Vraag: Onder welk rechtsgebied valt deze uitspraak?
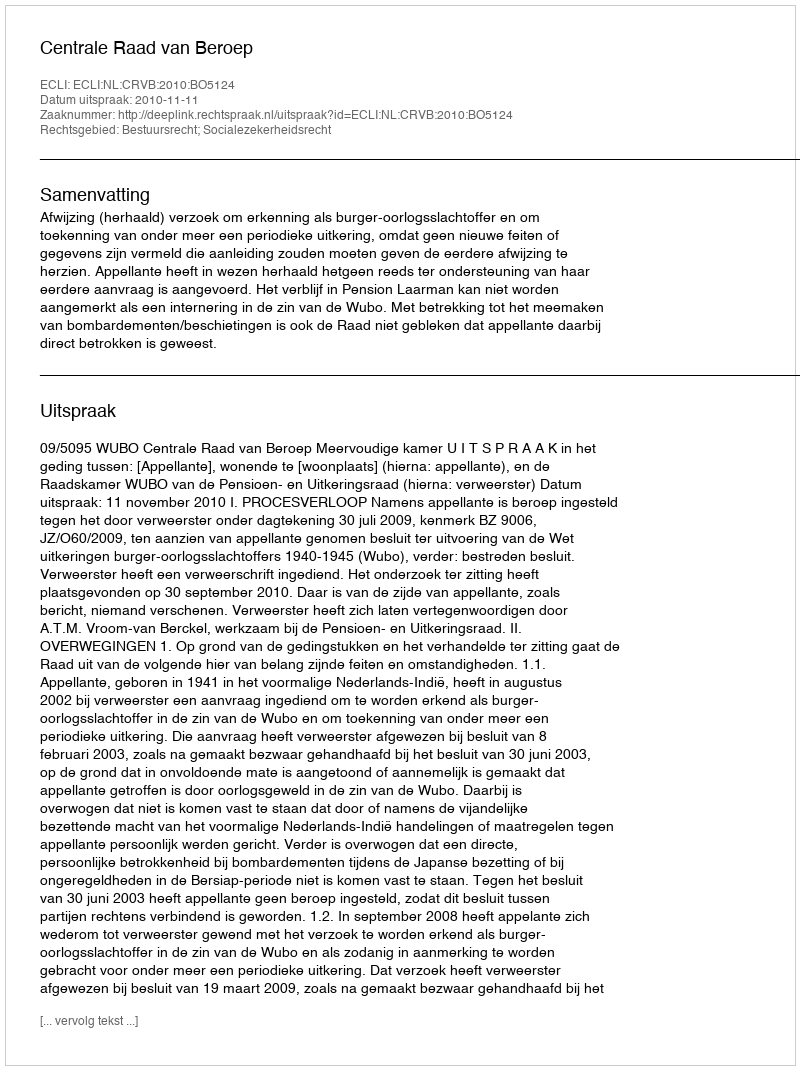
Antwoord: Bestuursrecht; Socialezekerheidsrecht